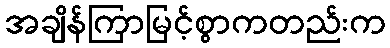
အချိန်ကြာမြင့်စွာကတည်းက